Report of the Indian Hemp Drugs Commission, 1894-1895 - Volume IV
Year: 1894
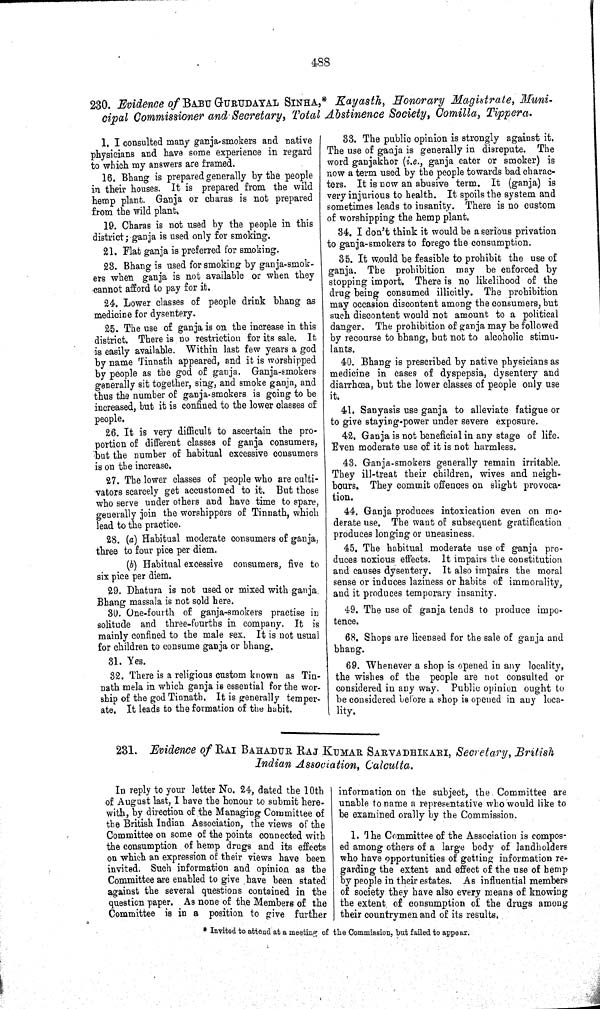
488
230. Evidence of BABU GURUDAYAL SINHA,* Kayasth, Honorary Magistrate, Muni-
cipal Commissioner and Secretary, Total Abstinence Society, Comilla, Tippera.
1. I consulted many ganja-smokers and native
physicians and have some experience in regard
to which my answers are framed.
16. Bhang is prepared generally by the people
in their houses. It is prepared from the wild
hemp plant. Ganja or charas is not prepared
from the wild plant.
19. Charas is not used by the people in this
district; ganja is used only for smoking.
21. Flat ganja is preferred for smoking.
23. Bhang is used for smoking by ganja-smok-
ers when ganja is not available or when they
cannot afford to pay for it.
24. Lower classes of people drink bhang as
medicine for dysentery.
25. The use of ganja is on the increase in this
district. There is no restriction for its sale. It
is easily available. Within last few years a god
by name Tinnath appeared, and it is worshipped
by people as the god of ganja. Ganja-smokers
generally sit together, sing, and smoke ganja, and
thus the number of ganja-smokers is going to be
increased, but it is confined to the lower classes of
people.
26. It is very difficult to ascertain the pro-
portion of different classes of ganja consumers,
but the number of habitual excessive consumers
is on the increase.
27. The lower classes of people who are culti-
vators scarcely get accustomed to it. But those
who serve under others and have time to spare,
generally join the worshippers of Tinnath, which
lead to the practice.
28. (a) Habitual moderate consumers of ganja,
three to four pice per diem.
(b) Habitual excessive consumers, five to
six pice per diem.
29. Dhatura is not used or mixed with ganja.
Bhang massala is not sold here.
30. One-fourth of ganja-smokers practise in
solitude and three-fourths in company. It is
mainly confined to the male sex. It is not usual
for children to consume ganja or bhang.
31. Yes.
32. There is a religious custom known as Tin-
nath mela in which ganja is essential for the wor-
ship of the god Tinnath. It is generally temper-
ate. It leads to the formation of the habit.
33. The public opinion is strongly against it.
The use of ganja is generally in disrepute. The
word ganjakhor (i.e., ganja eater or smoker) is
now a term used by the people towards bad charac-
ters. It is now an abusive term. It (ganja) is
very injurious to health. It spoils the system and
sometimes leads to insanity. There is no custom
of worshipping the hemp plant.
34. I don't think it would be a serious privation
to ganja-smokers to forego the consumption.
35. It would be feasible to prohibit the use of
ganja. The prohibition may be enforced by
stopping import. There is no likelihood of the
drug being consumed illicitly. The prohibition
may occasion discontent among the consumers, but
such discontent would not amount to a political
danger. The prohibition of ganja may be followed
by recourse to bhang, but not to alcoholic stimu-
lants.
40. Bhang is prescribed by native physicians as
medicine in cases of dyspepsia, dysentery and
diarrhœa, but the lower classes of people only use
it.
41. Sanyasis use ganja to alleviate fatigue or
to give staying-power under severe exposure.
42. Ganja is not beneficial in any stage of life.
Even moderate use of it is not harmless.
43. Ganja-smokers generally remain irritable.
They ill-treat their children, wives and neigh-
bours. They commit offences on slight provoca-
tion.
44. Ganja produces intoxication even on mo-
derate use. The want of subsequent gratification
produces longing or uneasiness.
45. The habitual moderate use of ganja pro-
duces noxious effects. It impairs the constitution
and causes dysentery. It also impairs the moral
sense or induces laziness or habits of immorality,
and it produces temporary insanity.
49. The use of ganja tends to produce impo-
tence.
68. Shops are licensed for the sale of ganja and
bhang.
69. Whenever a shop is opened in any locality,
the wishes of the people are not consulted or
considered in any way. Public opinion ought to
be considered before a shop is opened in any loca-
lity.
231. Evidence of RAI BAHADUR RAJ KUMAR SARVADHIKARI, Secretary, British
Indian Association, Calcutta.
In reply to your letter No. 24, dated the 10th
of August last, I have the honour to submit here-
with, by direction of the Managing Committee of
the British Indian Association, the views of the
Committee on some of the points connected with
the consumption of hemp drugs and its effects
on which an expression of their views have been
invited. Such information and opinion as the
Committee are enabled to give have been stated
against the several questions contained in the
question paper. As none of th,e Members of the
Committee is in a position to give further
information on the subject, the Committee are
unable to name a representative who would like to
be examined orally by the Commission.
1. The Committee of the Association is compos-
ed among others of a large body of landholders
who have opportunities of getting information re-
garding the extent and effect of the use of hemp
by people in their estates. As influential members
of society they have also every means of knowing
the extent of consumption of the drugs among
their countrymen and of its results.
* Invited to attend at a meeting of the Commission, but failed to appear.